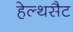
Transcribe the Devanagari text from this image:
हेल्थसैट